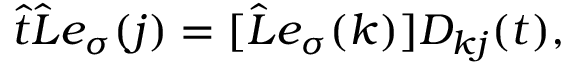
\hat { t } \hat { L } e _ { \sigma } ( j ) = [ \hat { L } e _ { \sigma } ( k ) ] D _ { k j } ( t ) ,